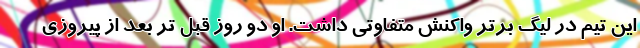
این تیم در لیگ برتر واکنش متفاوتی داشت. او دو روز قبل تر بعد از پیروزی